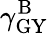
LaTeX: \gamma_{\mathrm{GY}}^{\mathrm{B}}